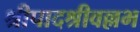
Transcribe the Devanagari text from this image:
श्रीपादश्रीवल्लभ